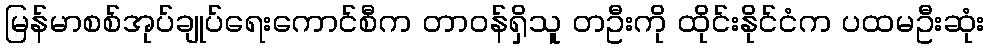
မြန်မာစစ်အုပ်ချုပ်ရေးကောင်စီက တာဝန်ရှိသူ တဦးကို ထိုင်းနိုင်ငံက ပထမဦးဆုံး